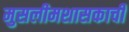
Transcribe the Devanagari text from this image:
मुसलीमशासकाची